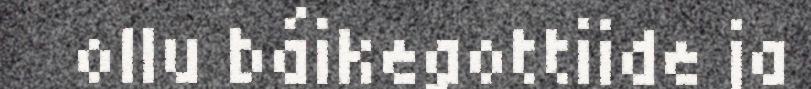
ollu báikegottiide ja